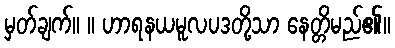
မှတ်ချက်။ ။ ဟာရနယမူလပဒတို့သာ နေတ္တိမည်၏။